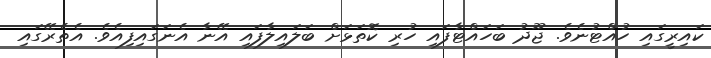
ކައިރީގައި ހުއްޓުނެވެ. ޖޫދު ބަހައްޓާފައި ހުރި ކޮތަޅަށް ބަލައިލާފައި އޭނާ އެނަގައިފިއެވެ. އެތެރޭގައި